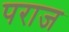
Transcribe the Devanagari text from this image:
पराज